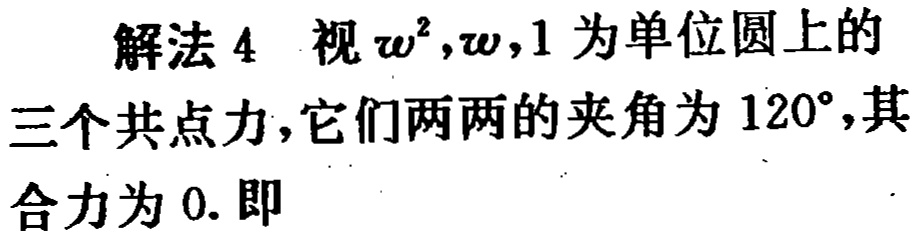
解法 4 视 $\omega^{2},\omega,1$ 为单位圆上的三个共点力，它们两两的夹角为 $120^{\circ}$，其合力为 0. 即